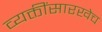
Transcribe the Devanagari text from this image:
व्यक्तींसारखेच